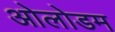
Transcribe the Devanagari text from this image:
ओलोडम